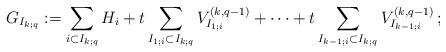
LaTeX: \begin{align*}G_{I_{k;q}}:=\sum_{i\subset I_{k;q} }H_i+t\sum_{I_{1;i} \subset I_{k;q}} V^{(k, q-1)}_{I_{1;i}}+\dots+t\sum_{I_{k-1;i}\subset I_{k;q}}V^{(k, q-1)}_{I_{k-1;i}}\,;\end{align*}